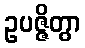
ဥပဇ္ဇိတွာ